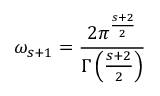
\omega _ { s + 1 } = { \frac { 2 \pi ^ { \frac { s + 2 } { 2 } } } { \Gamma \left( { \frac { s + 2 } { 2 } } \right) } }